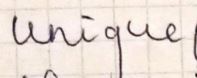
unique